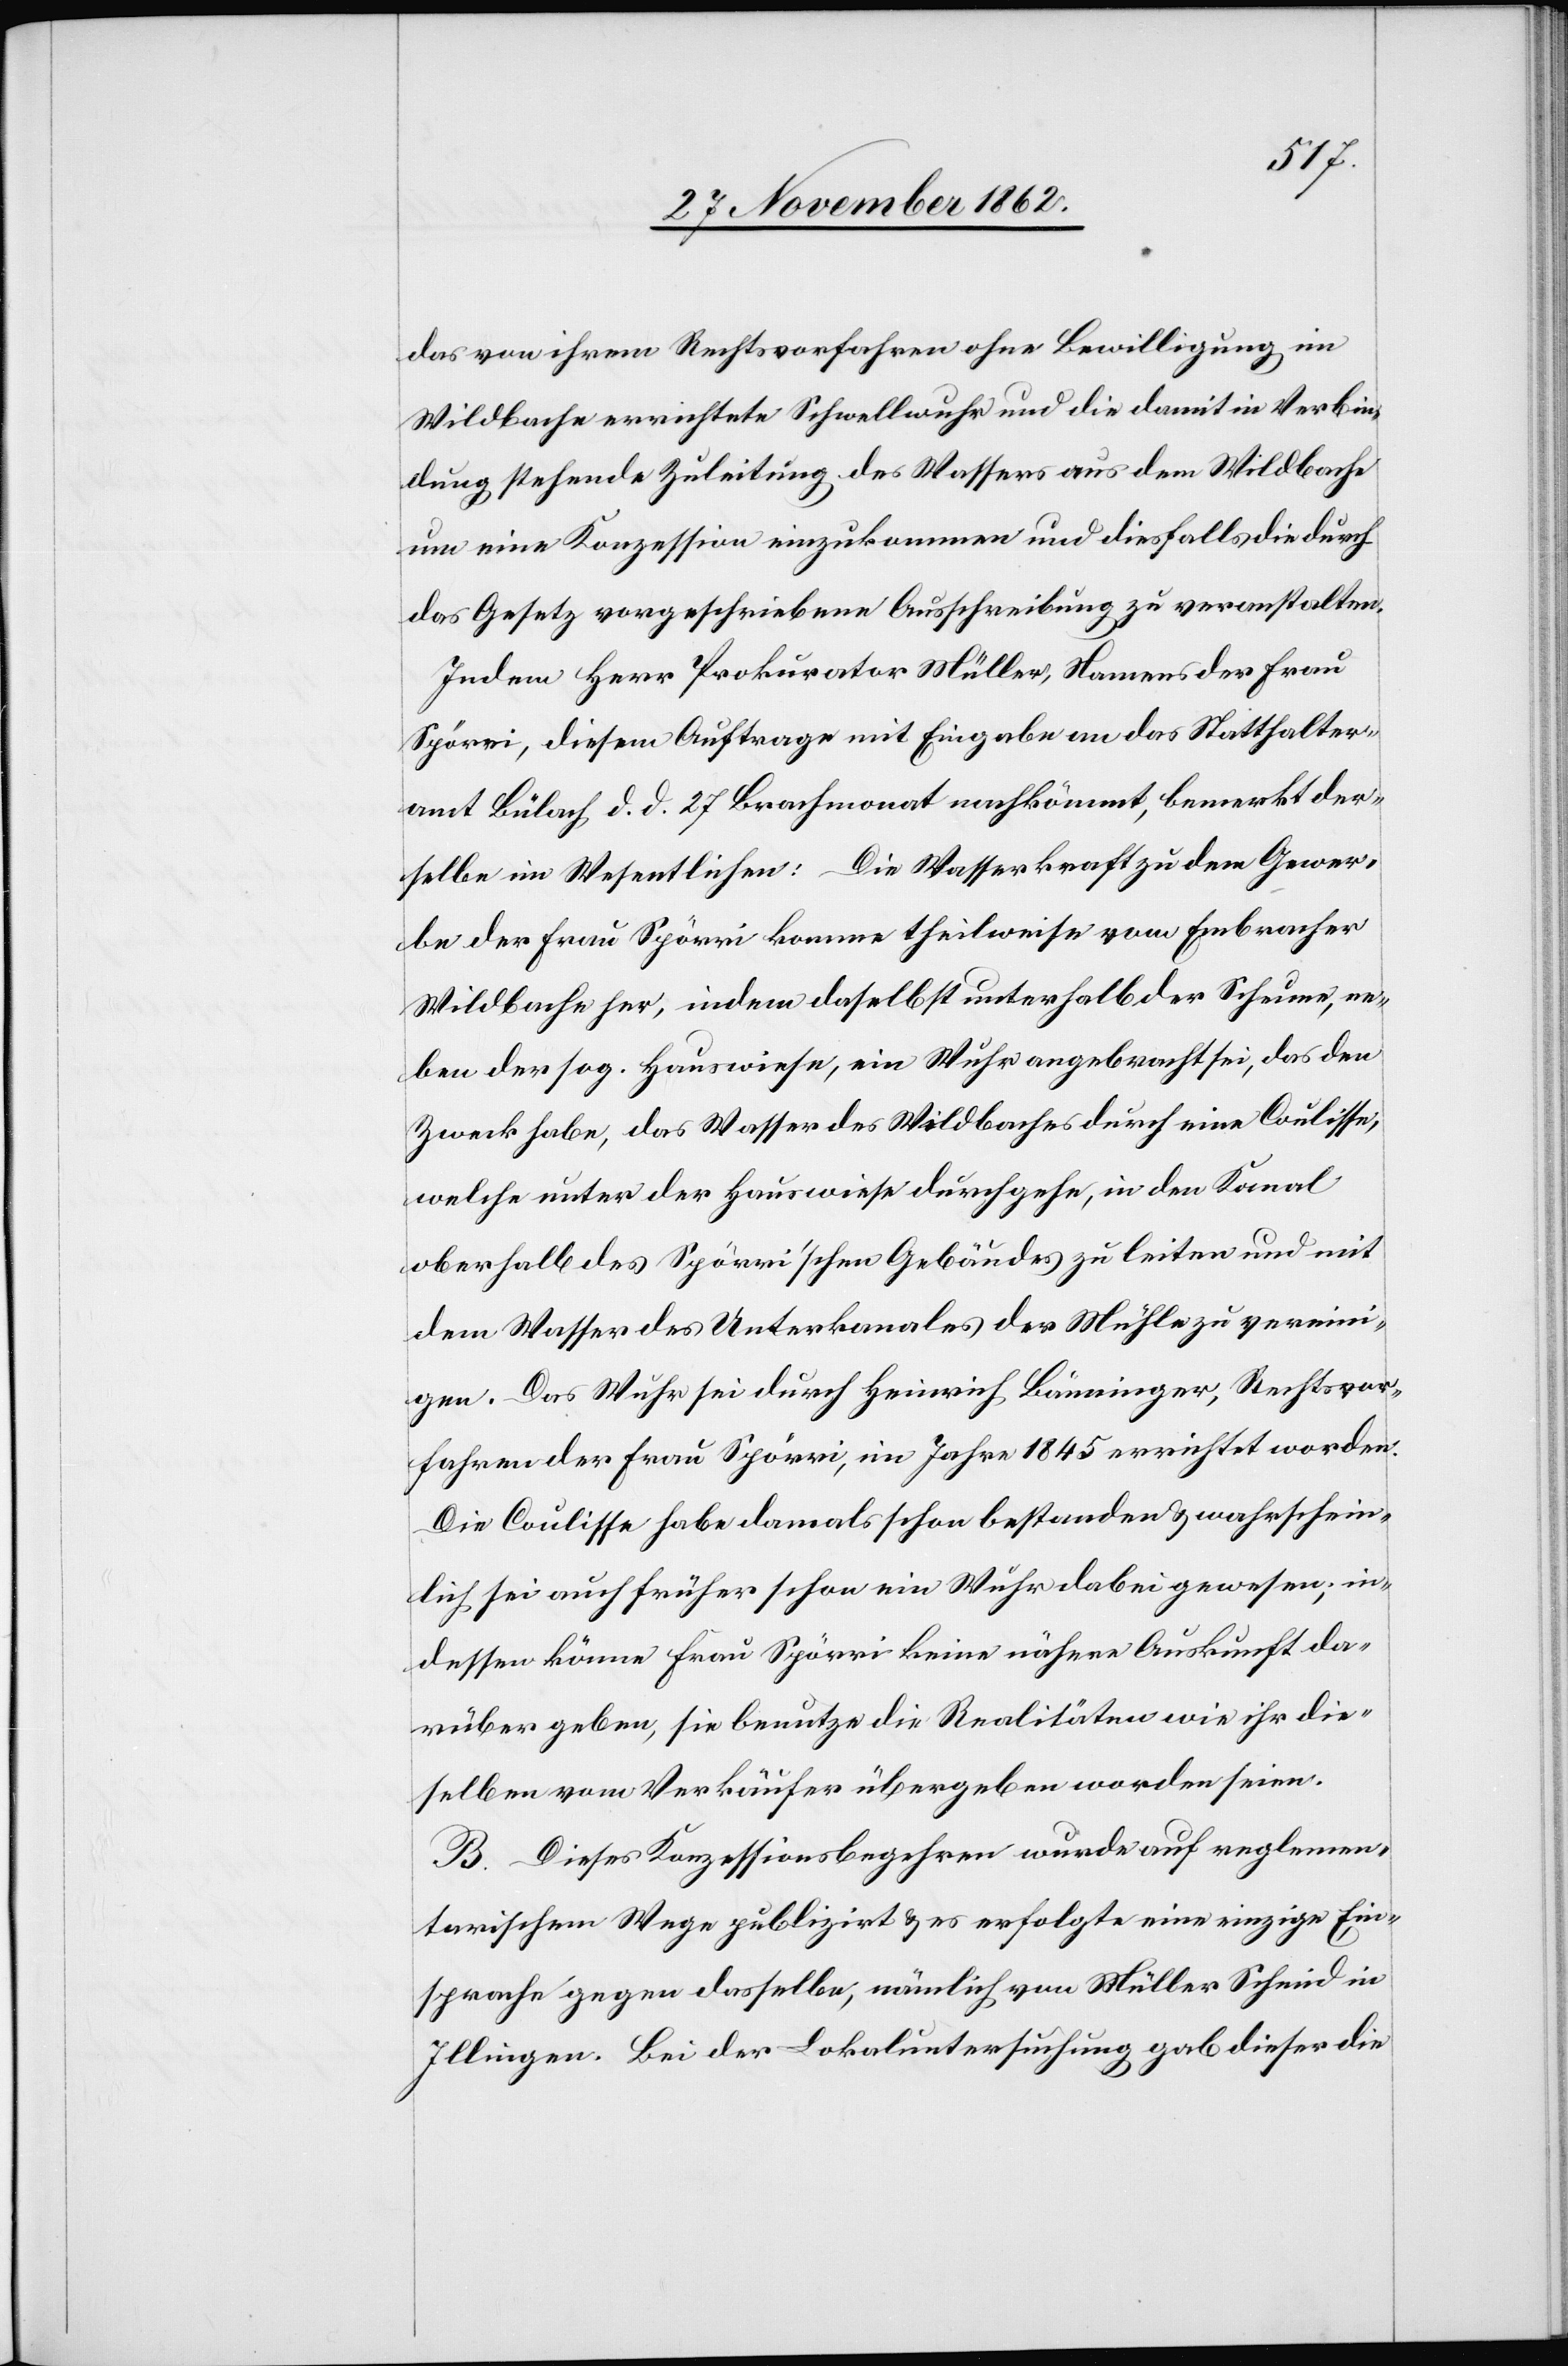
das von ihrem Rechtsvorfahren ohne Bewilligung im
Wildbache errichtete Schwellwuhr und die damit in Verbin¬
dung stehende Zuleitung des Wassers aus dem Wildbache
um eine Konzession einzukommen und diesfalls die durch
das Gesetz vorgeschriebene Ausschreibung zu veranstalten.
Indem Herr Prokurator Müller, Namens der Frau
Spörri, diesem Auftrage mit Eingaben an das Statthalter¬
amt Bülach d. d. 27. Brachmonat nachkömmt, bemerkt der¬
selbe im Wesentlichen: Die Wasserkraft zu dem Gewer¬
be der Frau Spörri komme theilweise vom Embracher
Wildbache her, indem daselbst unterhalb der Scheuen, ne¬
ben der sog. Hauswiese, ein Wuhr angebracht sei, das den
Zweck habe, das Wasser des Wildbaches durch eine Coulisse,
welche unter der Hauswiese durchgehe, in den Kanal
oberhalb des Spörri’schen Gebäudes zu leiten und mit
dem Wasser des Unterkanales der Mühle zu vereini¬
gen. Das Wuhr sei durch Heinrich Bänninger, Rechtsvor¬
fahren der Frau Spörri, im Jahre 1845 errichtet worden.
Die Coulise habe damals schon bestanden u. wahrschein¬
lich sei auch früher schon ein Wuhr dabei gewesen, in¬
dessen könne Frau Spörri keine nähere Auskunft da¬
rüber geben, sie benutze die Realitäten wie ihr die¬
selben vom Verkäufer übergeben worden seien.
B. Dieses Konzessionsbegehren wurde auf reglemen¬
tarischem Wege publizirt u. es erfolgte eine einzige Ein¬
sprache gegen dasselbe, nämlich vom Müller Schmid in
Illingen. Bei der Lokaluntersuchung gab dieser die